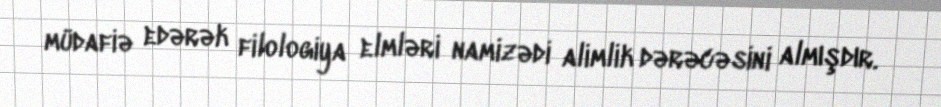
müdafiə edərək filologiya elmləri namizədi alimlik dərəcəsini almışdır.